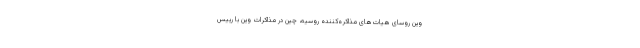
وین روسای هیات‌های مذاکره‌کننده روسیه، چین در مذاکرات وین با رییس